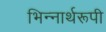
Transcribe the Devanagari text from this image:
भिन्‍नार्थरूपी